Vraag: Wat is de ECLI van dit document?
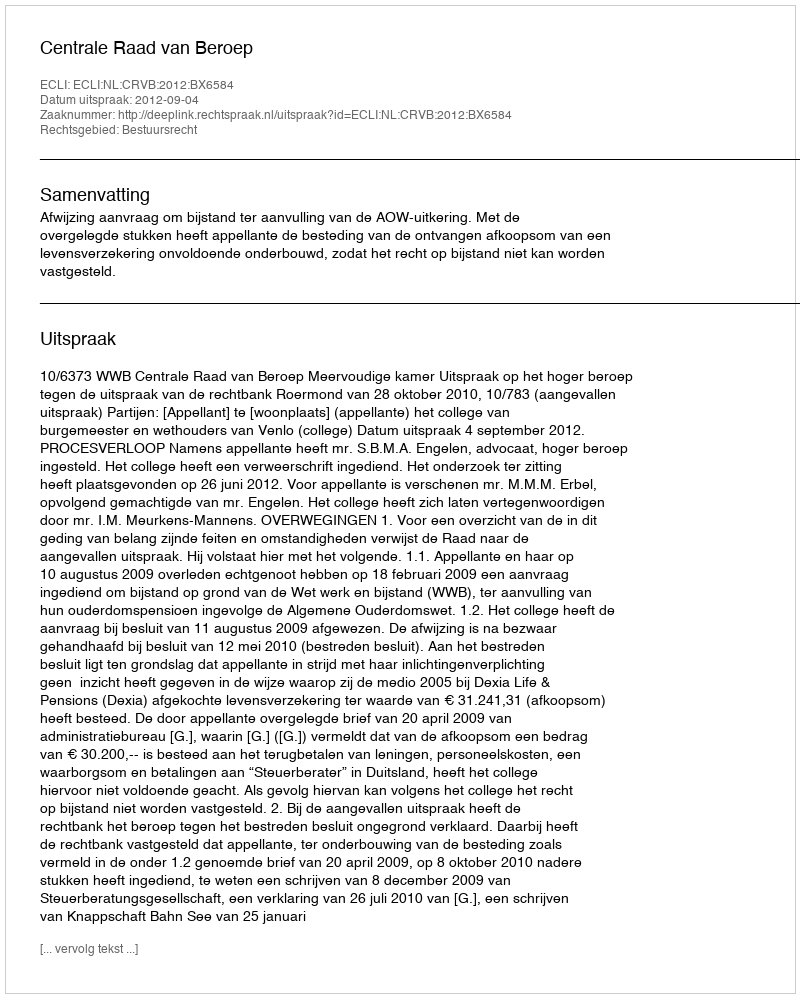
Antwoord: ECLI:NL:CRVB:2012:BX6584